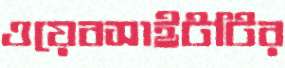
ওয়েবসাইটটির